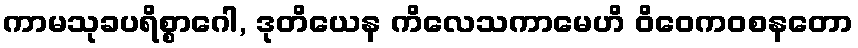
ကာမသုခပရိစ္စာဂေါ, ဒုတိယေန ကိလေသကာမေဟိ ဝိဝေကဝစနတော